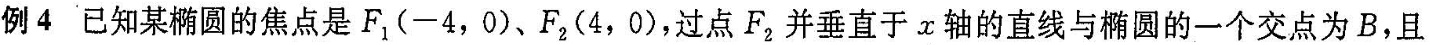
例4 已知某椭圆的焦点是F_{1}(-4，0)、F_{2}(4，0)，过点F_{2}并垂直于x轴的直线与椭圆的一个交点为B，且